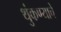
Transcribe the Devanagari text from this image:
थुंकण्याचे